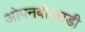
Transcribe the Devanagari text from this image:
ओपनबीएसडी